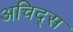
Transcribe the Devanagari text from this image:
अचिद्स